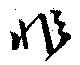
非